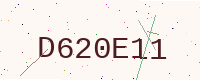
Text: D620E11